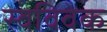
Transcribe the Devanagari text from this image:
स्‍वविवेक